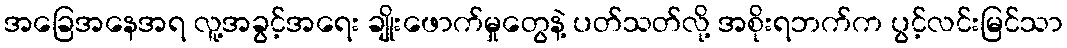
အခြေအနေအရ လူ့အခွင့်အရေး ချိုးဖောက်မှုတွေနဲ့ ပတ်သတ်လို့ အစိုးရဘက်က ပွင့်လင်းမြင်သာ